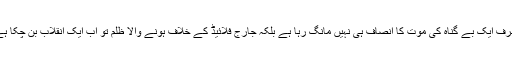
اور اب وہی خون پورے امریکہ کی سڑکوں پر صرف ایک بے گناہ کی موت کا انصاف ہی نہیں مانگ رہا ہے بلکہ جارج فلائیڈ کے خلاف ہونے والا ظلم تو اب ایک انقلاب بن چکا ہے جو پوری نسل پرست نظام کے خلاف کھڑا ہے۔